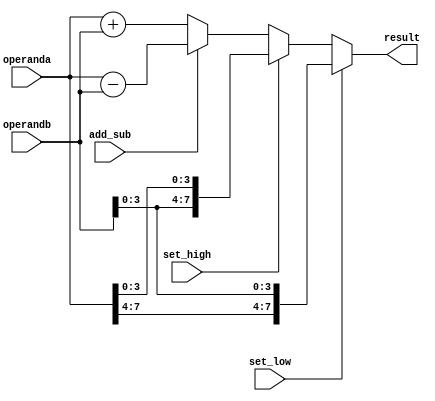
module alu (input add_sub, set_low, set_high, input [7:0] operanda , operandb, output reg [7:0] result);

	always @(*) begin
		
			if (set_low) result = {{operanda[7:4]}, {operandb[3:0]}};
			else if (set_high) result = {{operandb[3:0]}, {operanda[3:0]}};
			
			else begin
				if (add_sub) result = operanda - operandb;
				else result = operanda + operandb;
			end
		
		end

endmodule